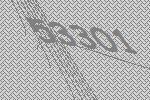
53301